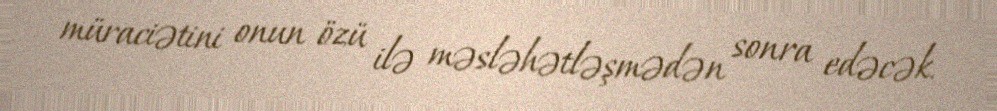
müraciətini onun özü ilə məsləhətləşmədən sonra edəcək.